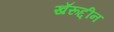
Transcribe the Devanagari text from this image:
खॅरूद्दीन